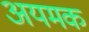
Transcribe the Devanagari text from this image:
अयमक